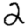
Digit: 2